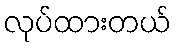
လုပ်ထားတယ်